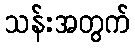
သန်းအတွက်